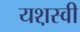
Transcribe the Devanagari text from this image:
यश़स्वी